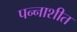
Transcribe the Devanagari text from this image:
पन्‍नाशीत